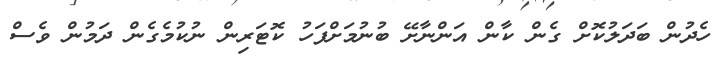
ހެދުން ބަދަލުކޮށް ގެން ކާން އަންނާށޭ ބުނުމަށްފަހު ކޮޓަރިން ނުކުމެގެން ދަމުން ވެސް